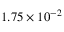
1 . 7 5 \times 1 0 ^ { - 2 }